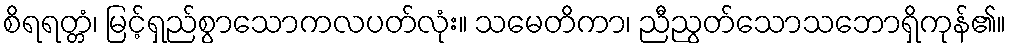
စိရရတ္တံ၊ မြင့်ရှည်စွာသောကလပတ်လုံး။ သမေတိကာ၊ ညီညွတ်သောသဘောရှိကုန်၏။